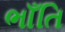
ભાઁતિ